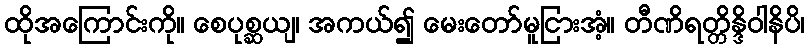
ထိုအကြောင်းကို။ စေပုစ္ဆယျ၊ အကယ်၍ မေးတော်မူငြားအံ့။ တီဏိရတ္တိန္ဒိဝါနိပိ၊